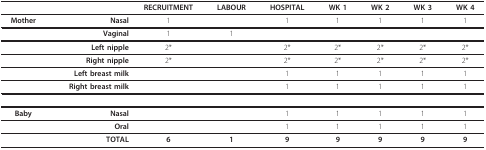
<table><thead><tr><td>[EMPTY_CELL]</td><td>[EMPTY_CELL]</td><td><b>RECRUITMENT</b></td><td><b>LABOUR</b></td><td><b>HOSPITAL</b></td><td><b>WK 1</b></td><td><b>WK 2</b></td><td><b>WK 3</b></td><td><b>WK 4</b></td></tr></thead><tbody><tr><td><b>Mother</b></td><td><b>Nasal</b></td><td>1</td><td>[EMPTY_CELL]</td><td>1</td><td>1</td><td>1</td><td>1</td><td>1</td></tr><tr><td>[EMPTY_CELL]</td><td><b>Vaginal</b></td><td>1</td><td>1</td><td>[EMPTY_CELL]</td><td>[EMPTY_CELL]</td><td>[EMPTY_CELL]</td><td>[EMPTY_CELL]</td><td>[EMPTY_CELL]</td></tr><tr><td>[EMPTY_CELL]</td><td><b>Left nipple</b></td><td>2*</td><td>[EMPTY_CELL]</td><td>2*</td><td>2*</td><td>2*</td><td>2*</td><td>2*</td></tr><tr><td>[EMPTY_CELL]</td><td><b>Right nipple</b></td><td>2*</td><td>[EMPTY_CELL]</td><td>2*</td><td>2*</td><td>2*</td><td>2*</td><td>2*</td></tr><tr><td>[EMPTY_CELL]</td><td><b>Left breast milk</b></td><td>[EMPTY_CELL]</td><td>[EMPTY_CELL]</td><td>1</td><td>1</td><td>1</td><td>1</td><td>1</td></tr><tr><td>[EMPTY_CELL]</td><td><b>Right breast milk</b></td><td>[EMPTY_CELL]</td><td>[EMPTY_CELL]</td><td>1</td><td>1</td><td>1</td><td>1</td><td>1</td></tr><tr><td><b>Baby</b></td><td><b>Nasal</b></td><td>[EMPTY_CELL]</td><td>[EMPTY_CELL]</td><td>1</td><td>1</td><td>1</td><td>1</td><td>1</td></tr><tr><td>[EMPTY_CELL]</td><td><b>Oral</b></td><td>[EMPTY_CELL]</td><td>[EMPTY_CELL]</td><td>1</td><td>1</td><td>1</td><td>1</td><td>1</td></tr><tr><td>[EMPTY_CELL]</td><td><b>TOTAL</b></td><td><b>6</b></td><td><b>1</b></td><td><b>9</b></td><td><b>9</b></td><td><b>9</b></td><td><b>9</b></td><td><b>9</b></td></tr></tbody></table>